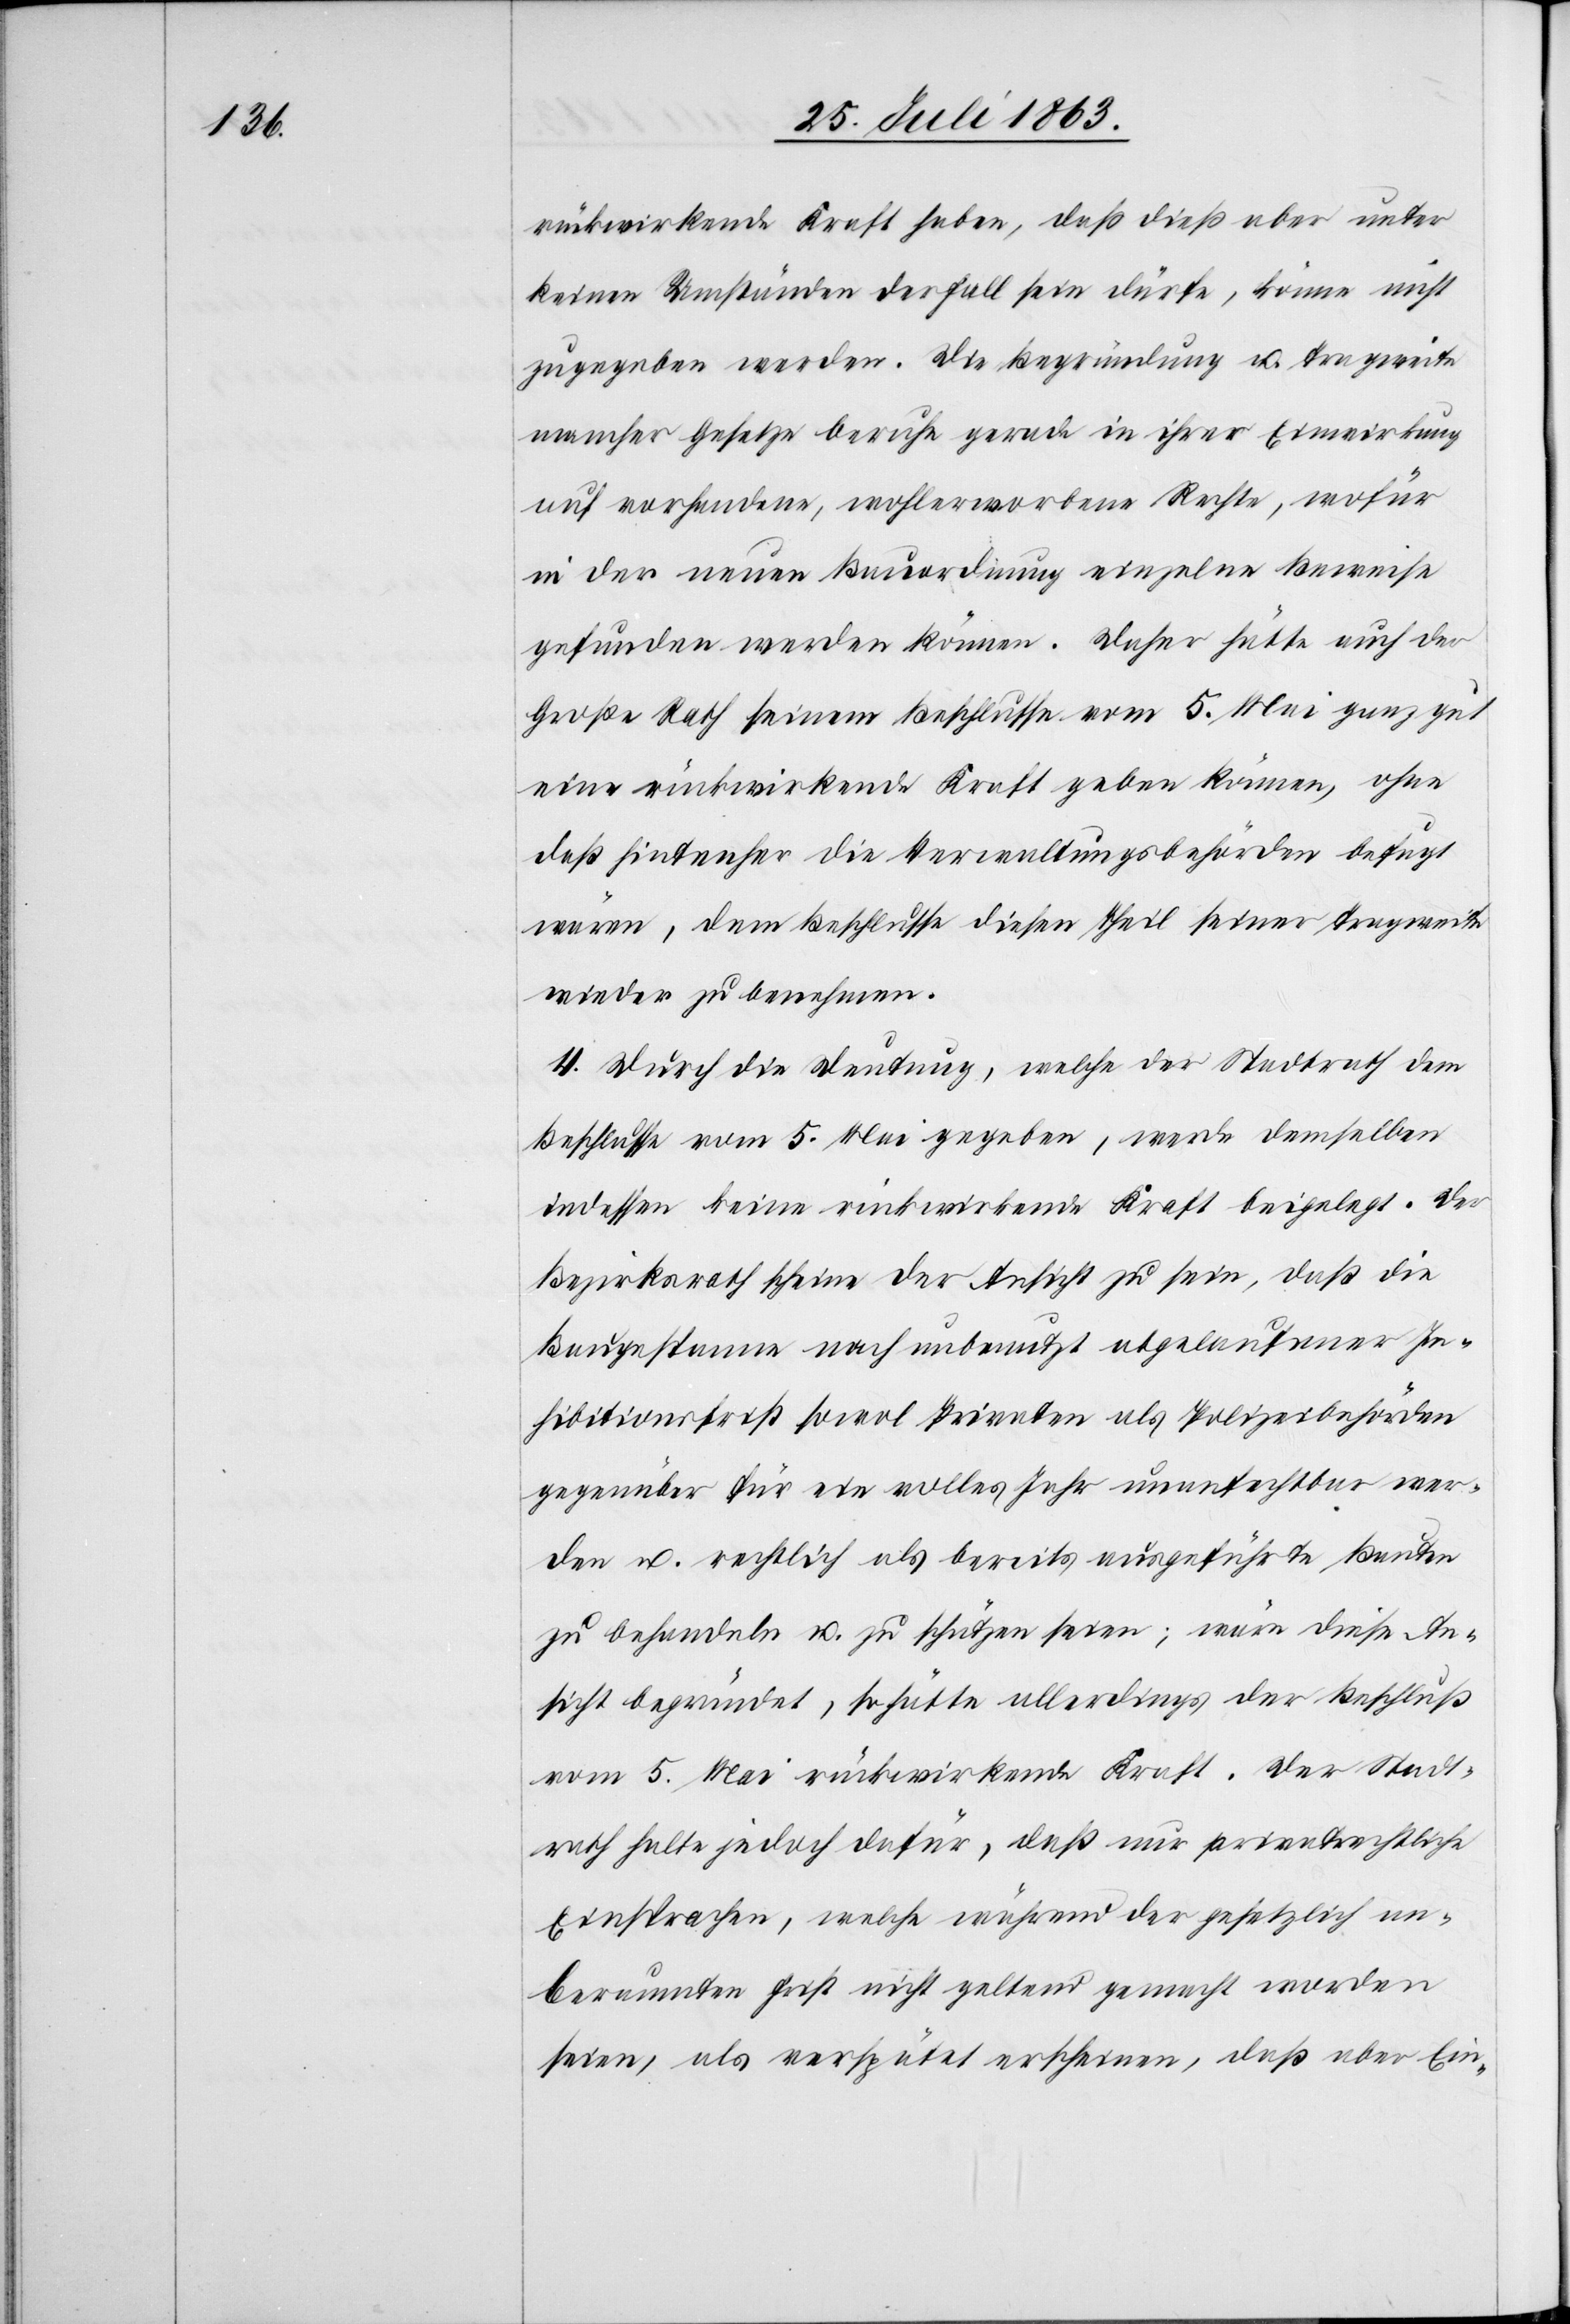
rückwirkende Kraft haben, daß dieß aber unter
keinen Umständen der Fall sein dürfe, könne nicht
zugegeben werden. Die Begründung u. Tragweite
mancher Gesetze beruhe gerade in ihrer Einwirkung
auf vorhandene, wohlerworbene Rechte, wofür
in der neuen Bauordnung einzelne Beweise
gefunden werden können. Daher hätte auch der
Große Rath seinem Beschlusse vom 5. Mai ganz gut
eine rückwirkende Kraft geben können, ohne
daß hintenher die Verwaltungsbehörden befugt
wären, dem Beschlusse diesen Theil seiner Tragweite
wieder zu benehmen.
4. Durch die Deutung, welche der Stadtrath dem
Beschlusse vom 5. Mai gegeben, werde demselben
indessen keine rückwirkende Kraft beigelegt. Der
Bezirksrath scheine der Ansicht zu sein, daß die
Baugespanne nach unbenutzt abgelaufener In¬
hibitionsfrist sowol Privaten als Polizeibehörden
gegenüber für ein volles Jahr unanfechtbar wer¬
den u. rechtlich als bereits ausgeführte Bauten
zu behandeln u. zu schützen seien; wäre diese An¬
sicht begründet, so hätte allerdings der Beschluß
vom 5. Mai rückwirkende Kraft. Der Stadt¬
rath hatte jedoch dafür, daß nur privatrechtliche
Einsprachen, welche während der gesetzlich an¬
beraumten Frist nicht geltend gemacht worden
seien, als verspätet erscheinen, daß aber Ein-